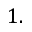
1 .